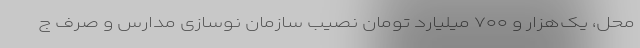
محل، یک‌هزار و ۷۰۰ میلیارد تومان نصیب سازمان نوسازی مدارس و صرف ج